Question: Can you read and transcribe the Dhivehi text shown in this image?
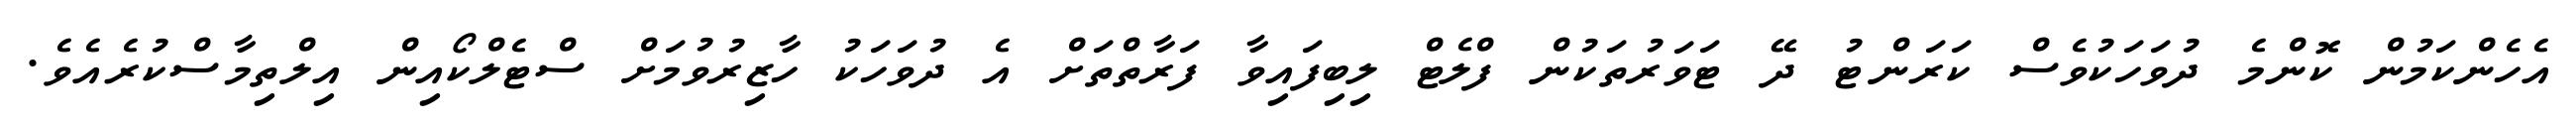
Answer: އެހެންކަމުން ކޮންމެ ދުވަހަކުވެސް ކަރަންޓު ދޭ ޓަވަރުތަކުން ފްލެޓް ލިބިފައިވާ ފަރާތްތަށް އެ ދުވަހަކު ހާޒިރުވުމަށް ސްޓެލްކޯއިން އިލްތިމާސްކުރެއެވެ.